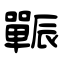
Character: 辴